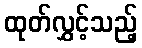
ထုတ်လွှင့်သည့်